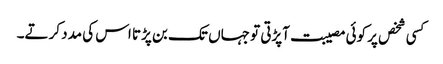
کسی شخص پر کوئی مصیبت آپڑتی تو جہاں تک بن پڑتا اس کی مدد کرتے۔